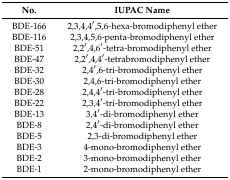
<table><thead><tr><td><b>No.</b></td><td><b>IUPAC Name</b></td></tr></thead><tbody><tr><td>BDE-166</td><td>2,3,4,4′,5,6-hexa-bromodiphenyl ether</td></tr><tr><td>BDE-116</td><td>2,3,4,5,6-penta-bromodiphenyl ether</td></tr><tr><td>BDE-51</td><td>2,2′,4,6′-tetra-bromodiphenyl ether</td></tr><tr><td>BDE-47</td><td>2,2′,4,4′-tetrabromodiphenyl ether</td></tr><tr><td>BDE-32</td><td>2,4′,6-tri-bromodiphenyl ether</td></tr><tr><td>BDE-30</td><td>2,4,6-tri-bromodiphenyl ether</td></tr><tr><td>BDE-28</td><td>2,4,4′-tri-bromodiphenyl ether</td></tr><tr><td>BDE-22</td><td>2,3,4′-tri-bromodiphenyl ether</td></tr><tr><td>BDE-13</td><td>3,4′-di-bromodiphenyl ether</td></tr><tr><td>BDE-8</td><td>2,4′-di-bromodiphenyl ether</td></tr><tr><td>BDE-5</td><td>2,3-di-bromodiphenyl ether</td></tr><tr><td>BDE-3</td><td>4-mono-bromodiphenyl ether</td></tr><tr><td>BDE-2</td><td>3-mono-bromodiphenyl ether</td></tr><tr><td>BDE-1</td><td>2-mono-bromodiphenyl ether</td></tr></tbody></table>